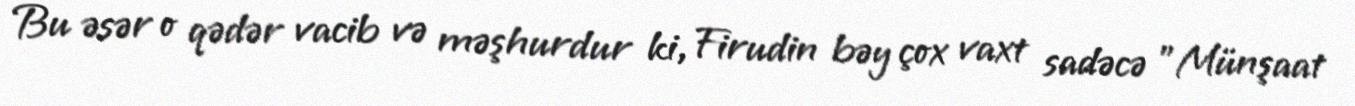
Bu əsər o qədər vacib və məşhurdur ki, Firudin bəy çox vaxt sadəcə "Münşaat